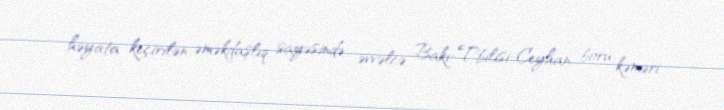
həyata keçirilən əməkdaşlıq sayəsində əvvəlcə Bakı-Tbilisi-Ceyhan boru kəməri